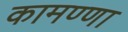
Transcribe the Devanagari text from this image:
कामण्णा